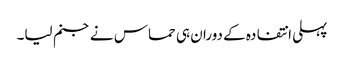
پہلی انتفادہ کے دوران ہی حماس نے جنم لیا۔